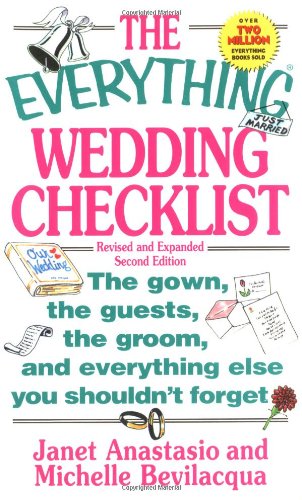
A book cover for The Everything Wedding Checklist: The Gown, the Guests, the Groom, and Everything Else You Shouldn't Forget; Janet Anastasio; Crafts, Hobbies & Home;